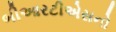
બીઆરટીએસનો